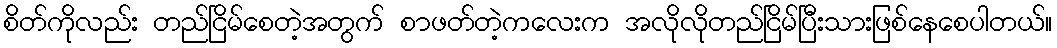
စိတ်ကိုလည်း တည်ငြိမ်စေတဲ့အတွက် စာဖတ်တဲ့ကလေးက အလိုလိုတည်ငြိမ်ပြီးသားဖြစ်နေစေပါတယ်။